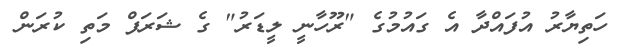
ހަތިޔާރު އުފައްދާ އެ ގައުމުގެ "ރޫހާނީ ލީޑަރު" ގެ ޝަރަފް މަތި ކުރަން